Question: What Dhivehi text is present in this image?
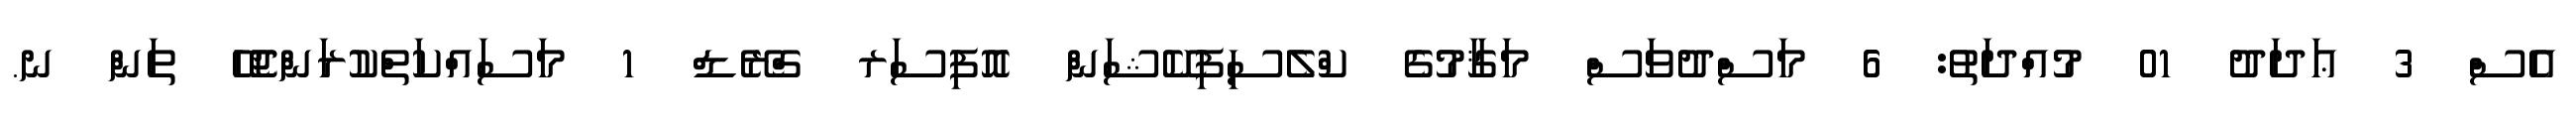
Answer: އެސް 3 ޢަދަދު 01 މުއްދަތު: 6 މަސްދުވަސް މަޤާމުގެ ކްލެސިފިކޭޝަން އޮފިސަރ ގްރޭޑް 1 މަސައްކަތްކުރަންޖެހޭ ތަން ނ.